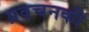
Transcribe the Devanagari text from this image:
प्रवचनकी